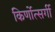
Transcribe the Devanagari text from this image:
किर्णोत्सर्गी